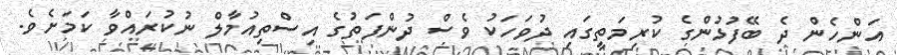
އަންހެން ދެ ބޭފުޅުންގެ ކުރިމަތީގައި ދުވަހަކު ވެސް ދުންފަތުގެ އިސްތިއުމާލް ނުކުރައްވާ ކަމަށެވެ.